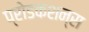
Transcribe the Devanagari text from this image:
प्रोडकशन्स